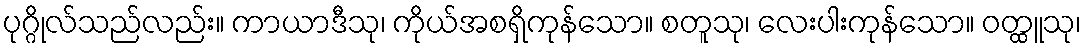
ပုဂ္ဂိုလ်သည်လည်း။ ကာယာဒီသု၊ ကိုယ်အစရှိကုန်သော။ စတူသု၊ လေးပါးကုန်သော။ ဝတ္ထူသု၊